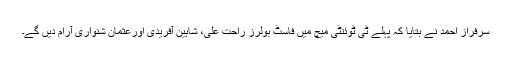
سرفراز احمد نے بتایا کہ پہلے ٹی ٹوئنٹی میچ میں فاسٹ بولرز راحت علی، شاہین آفریدی اورعثمان شنواری آرام دیں گے۔